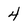
Character: 4